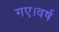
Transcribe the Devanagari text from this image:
गए।वर्ष